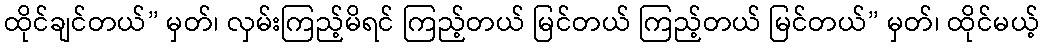
ထိုင်ချင်တယ်” မှတ်၊ လှမ်းကြည့်မိရင် ကြည့်တယ် မြင်တယ် ကြည့်တယ် မြင်တယ်” မှတ်၊ ထိုင်မယ့်